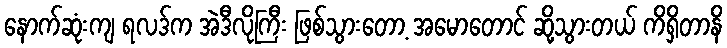
နောက်ဆုံးကျ ရလဒ်က အဲဒီလိုကြီး ဖြစ်သွားတော့ အမောတောင် ဆို့သွားတယ် ကိရှိတာနိ